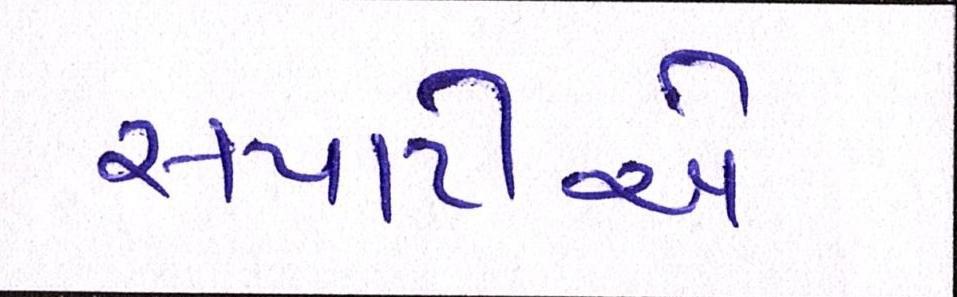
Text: સપાટીએ